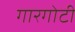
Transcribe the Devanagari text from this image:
गारगाेटी